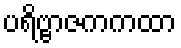
ပရိဗ္ဗာဇကကထာ